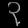
Digit: ၃